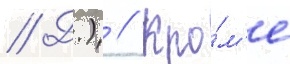
// Д.) // Кро́м'е